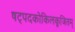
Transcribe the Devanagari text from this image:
षट्पदकोकिलकूजितम्